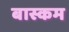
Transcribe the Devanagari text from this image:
बास्कम